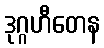
ဒုဂ္ဂဟီတေန